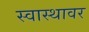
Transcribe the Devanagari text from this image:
स्वास्थावर